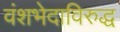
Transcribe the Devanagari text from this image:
वंशभेदाविरुद्ध